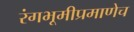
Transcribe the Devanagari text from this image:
रंगभूमीप्रमाणेच